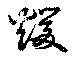
煖